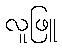
လူဖြူ